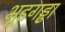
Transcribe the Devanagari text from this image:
भूड़गड्ढा